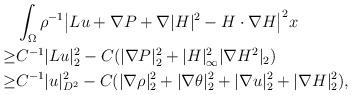
LaTeX: \begin{align*}&\int_{\Omega}\rho^{-1}\big|Lu+\nabla P+\nabla |H|^2-H \cdot \nabla H\big|^2x\\\geq& C^{-1}|Lu|^2_2-C(|\nabla P|^2_2+|H|^2_{\infty}|\nabla H^2|_2)\\\geq& C^{-1}|u|^2_{D^2}-C(|\nabla \rho|^2_2+|\nabla \theta|^2_2+|\nabla u|^2_2+|\nabla H|^2_2),\end{align*}